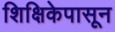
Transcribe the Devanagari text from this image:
शिक्षिकेपासून